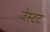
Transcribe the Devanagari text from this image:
जेस्टट